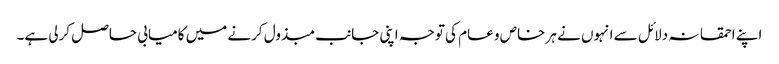
اپنے احمقانہ دلائل سے انہوں نے ہر خاص و عام کی توجہ اپنی جانب مبذول کرنے میں کامیابی حاصل کرلی ہے۔